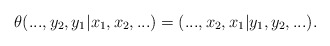
\begin{align*} \theta(...,y_2,y_1|x_1,x_2,...)= (...,x_2,x_1|y_1,y_2,...). \end{align*}